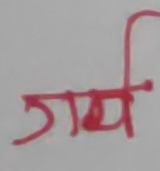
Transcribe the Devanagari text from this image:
गर्प